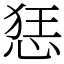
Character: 㤮